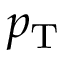
p _ { \mathrm { T } }